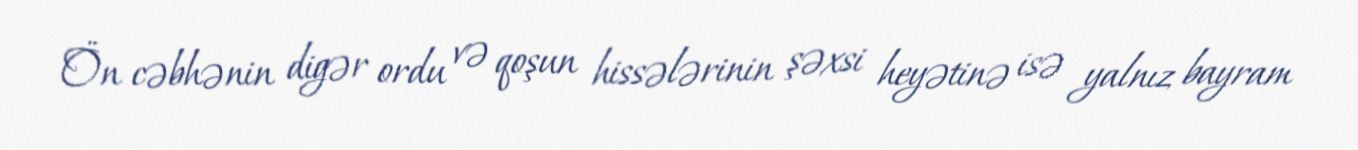
Ön cəbhənin digər ordu və qoşun hissələrinin şəxsi heyətinə isə yalnız bayram